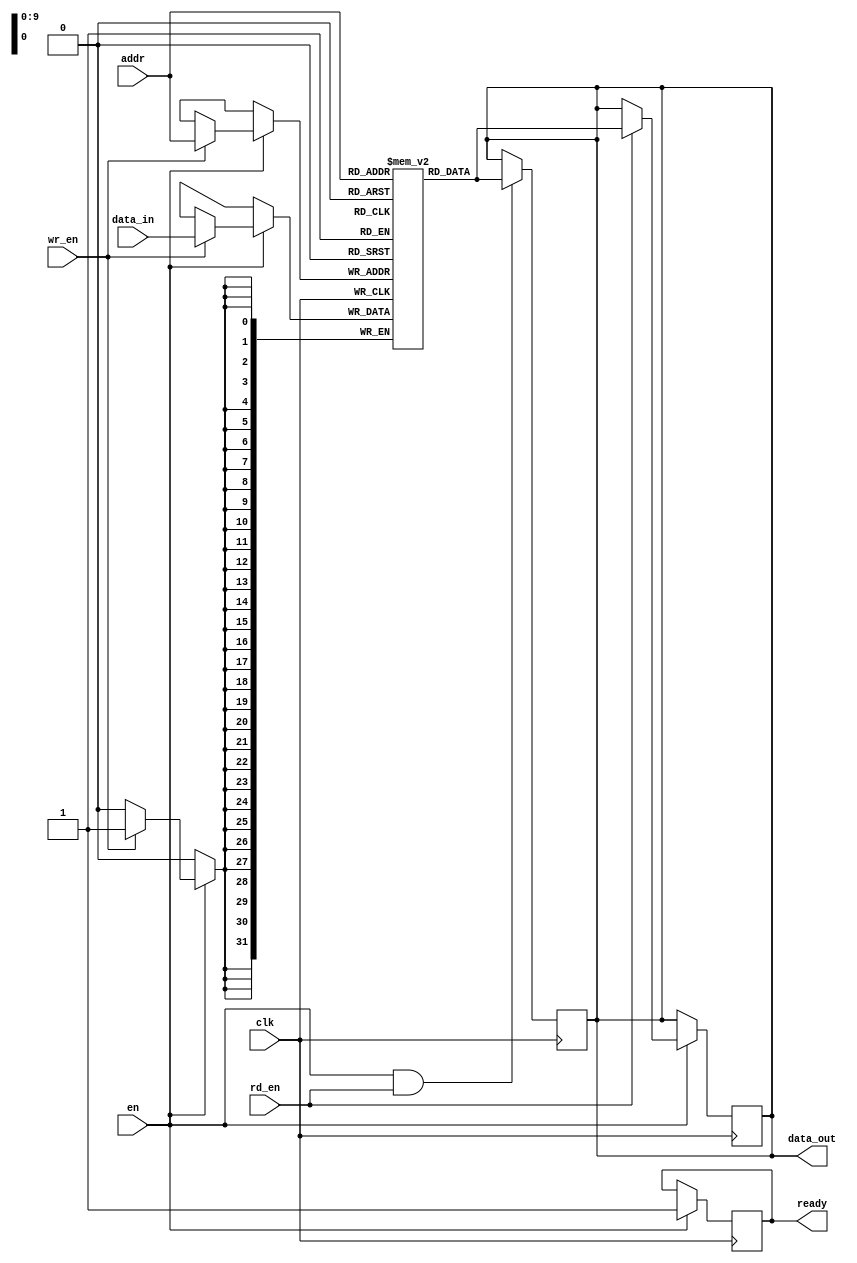
module sync_sram #(
    parameter DATA_WIDTH = 32,    // Configurable data width (8, 16, 32, 64)
    parameter ADDR_WIDTH = 10,     // Configurable address width (8, 10, 12)
    parameter MEM_DEPTH = 1024      // Configurable memory depth
)(
    input wire clk,                // Clock signal
    input wire en,                 // Enable signal
    input wire rd_en,              // Read enable signal
    input wire wr_en,              // Write enable signal
    input wire [ADDR_WIDTH-1:0] addr, // Address input
    input wire [DATA_WIDTH-1:0] data_in, // Data input
    output reg [DATA_WIDTH-1:0] data_out, // Data output
    output reg ready               // Ready signal
);

    // Memory array declaration
    reg [DATA_WIDTH-1:0] memory [0:MEM_DEPTH-1];

    // Internal signals
    reg read_valid;

    // Memory operation
    always @(posedge clk) begin
        if (en) begin
            ready <= 1'b0; // Indicate that memory is busy
            if (wr_en) begin
                memory[addr] <= data_in; // Write data to memory
            end
            if (rd_en) begin
                data_out <= memory[addr]; // Read data from memory
                read_valid <= 1'b1; // Indicate that read is valid
            end
            ready <= 1'b1; // Indicate that memory is ready for the next operation
        end
    end

    // Read valid signal handling
    always @(posedge clk) begin
        if (en && rd_en) begin
            data_out <= memory[addr]; // Output data on read
        end
    end

endmodule